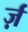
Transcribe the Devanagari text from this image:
र्ज़